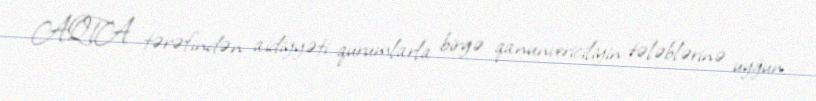
AQTA tərəfindən aidiyyəti qurumlarla birgə qanunvericiliyin tələblərinə uyğun